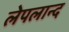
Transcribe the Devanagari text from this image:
लेपलान्द